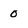
Character: 0